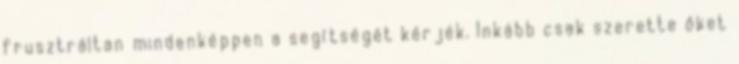
frusztráltan mindenképpen a segítségét kérjék. Inkább csak szerette őket